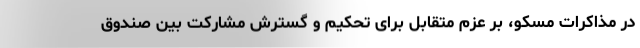
در مذاکرات مسکو، بر عزم متقابل برای تحکیم و گسترش مشارکت بین صندوق